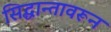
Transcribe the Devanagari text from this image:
सिद्धान्तावरून